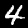
Label: 4